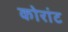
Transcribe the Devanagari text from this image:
कोरांट